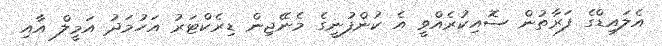
އެލައިޑްގެ ފަރާތުން ސޮއިކުރެއްވީ އެ ކުންފުނީގެ މެނޭޖިން ޑިރެކްޓަރު އަހުމަދު އަމީލް އާއި